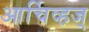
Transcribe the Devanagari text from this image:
आर्चिव्हज्